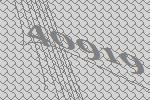
40919